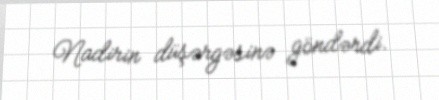
Nadirin düşərgəsinə göndərdi.